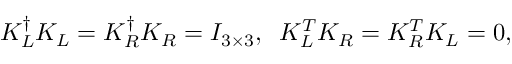
K _ { L } ^ { \dagger } K _ { L } = K _ { R } ^ { \dagger } K _ { R } = I _ { 3 \times 3 } , \; \; K _ { L } ^ { T } K _ { R } = K _ { R } ^ { T } K _ { L } = 0 ,